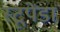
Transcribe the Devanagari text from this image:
स्टूपेंडा